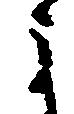
よ